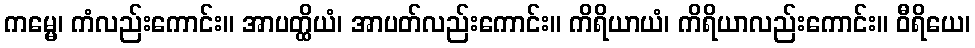
ကမ္မေ၊ ကံလည်းကောင်း။ အာပတ္ထိယံ၊ အာပတ်လည်းကောင်း။ ကိရိယာယံ၊ ကိရိယာလည်းကောင်း။ ဝီရိယေ၊